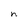
Character: n